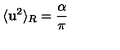
\langle { { \bf { u } } ^ { 2 } } \rangle _ { R } = \frac { \alpha } { \pi }